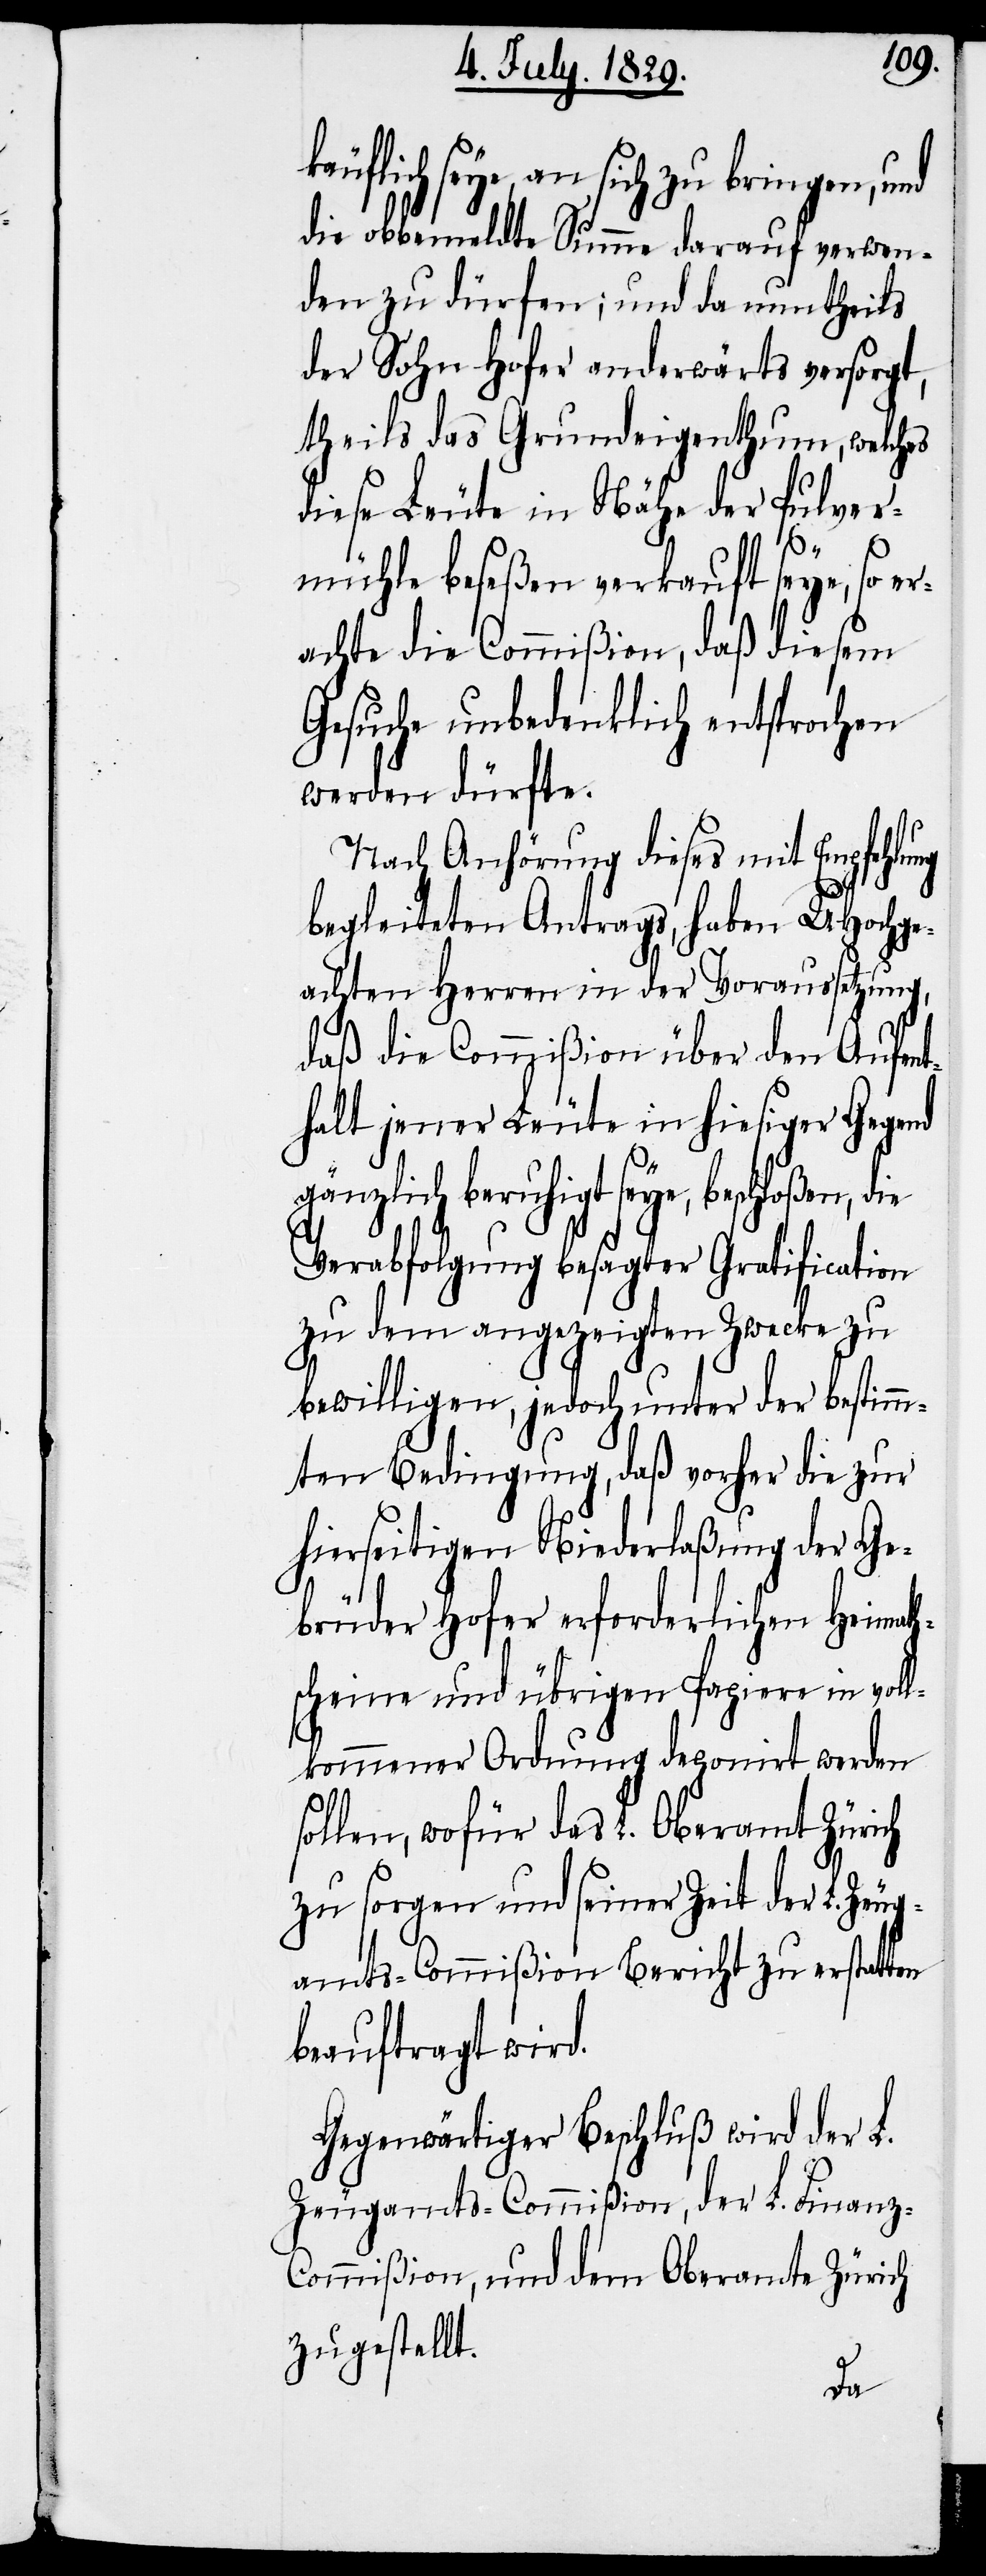
lich seye, an sich zu bringen,
die obbemeldte Summe darauf verwen¬
den zu dürfen; und da nun theils
der Sohn Hofer anderwärts versorgt,
theils das Grundeigenthum, welches
diese Leute in Nähe der Pulver¬
mühle beseßen verkauft seye, so er¬
achte die Commißion, daß diesem
Gesuche unbedenklich entsprochen
werden dürfte.
Nach Anhörung diese mit Empfehlung
käuf¬
begleiteten Antrags, haben UHochge¬
achten Herren in der Voraussetzung,
daß die Commißion über den Aufen¬
thalt jener Leute in hiesiger Gegend
gänzlich beruhigt seye, beschloßen, die
Verabfolgung besagter Gratification
zu dem angezeigten Zwecke zu
bewilligen, jedoch unter der bestimm¬
ten Bedingung, daß vorher die zur
hierseitigen Niederlaßung der Ge¬
brüder Hofer erforderlichen Heimath¬
scheine und übrigen Papiere in voll¬
kommener Ordnung deponirt werden
sollen, wofür das L. Oberamt Zürich
zu sorgen und seiner Zeit der L. Zeug¬
amts-Commißion Bericht zu erstatten
beauftragt wird.
Gegenwärtiger Beschluß wird der L.
Zeugamts-Commißion, der L. Finanz-C¬
ommißon, und dem Oberamte Zürich
zugestellt.